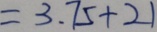
= 3 . 7 5 + 2 1